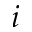
\boldsymbol { i }